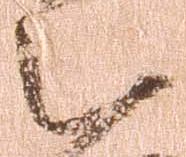
被